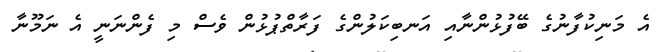
އެ މަނިކުފާނުގެ ބޭފުޅުންނާއި އަނބިކަލުންގެ ފަރާތްޕުޅުން ވެސް މި ފެންނަނީ އެ ނަމޫނާ